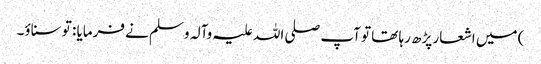
) میں اشعار پڑھ رہا تھا تو آپ صلی اللہ علیہ وآلہ وسلم نے فرمایا : تو سناؤ۔